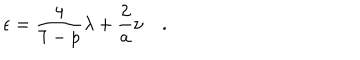
LaTeX: \epsilon = \frac { 4 } { 7 - p } { \lambda } + \frac { 2 } { a } \nu \quad .